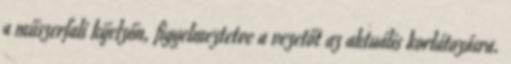
a műszerfali kijelzőn, figyelmeztetve a vezetőt az aktuális korlátozásra.